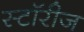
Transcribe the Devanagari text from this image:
स्टॉरीज